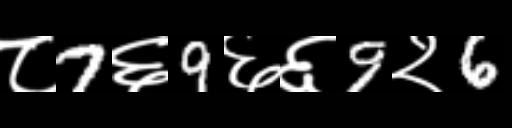
Text: ८7६9६६9२6